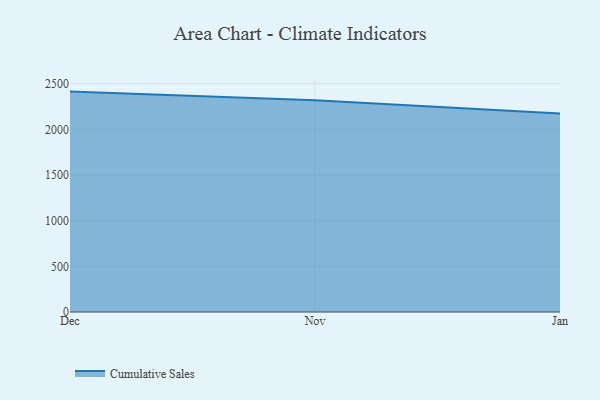
{"axis": {"x": "Month", "y": "Production Output"}, "legend": ["Cumulative Sales"], "data": [{"x": "Dec", "y": 2413.0, "type": "Cumulative Sales"}, {"x": "Nov", "y": 2317.9, "type": "Cumulative Sales"}, {"x": "Jan", "y": 2174.1, "type": "Cumulative Sales"}]}